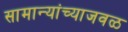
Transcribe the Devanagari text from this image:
सामान्यांच्याजवळ